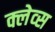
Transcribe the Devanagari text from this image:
क्लेव्स